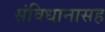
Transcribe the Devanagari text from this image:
संविधानासह